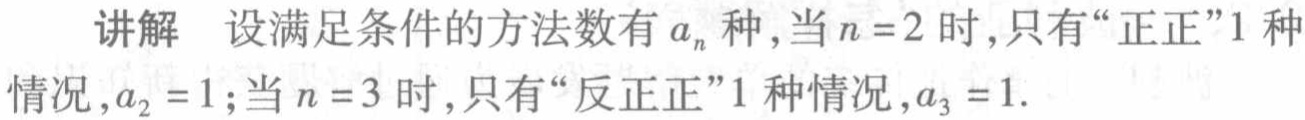
讲解 设满足条件的方法数有 \(a_{n}\) 种，当 \(n = 2\) 时，只有“正正”1 种情况，\(a_{2}=1\)；当 \(n = 3\) 时，只有“反正正”1 种情况，\(a_{3}=1\).